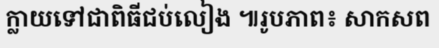
ក្លាយទៅជាពិធីជប់លៀង ៕រូបភាព៖ សាកសព